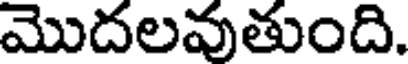
మొదలవుతుంది.